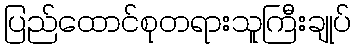
ပြည်ထောင်စုတရားသူကြီးချုပ်